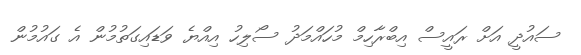
ސައުދީ އަށް ރައީސް އިބްރާހިމް މުހައްމަދު ސޯލިހު އިއްޔެ ވަޑައިގަތުމުން އެ ގައުމުން